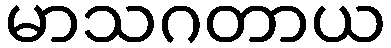
မာသဂတာယ